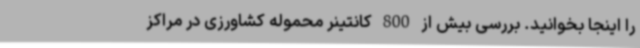
را اینجا بخوانید. بررسی بیش از 800 کانتینر محموله کشاورزی در مراکز